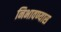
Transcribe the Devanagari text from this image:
निभावण्यास